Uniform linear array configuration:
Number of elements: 64
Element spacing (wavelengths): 0.5
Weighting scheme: blackman
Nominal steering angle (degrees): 15
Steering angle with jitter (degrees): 14.34
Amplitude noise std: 0.05
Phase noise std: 0.05

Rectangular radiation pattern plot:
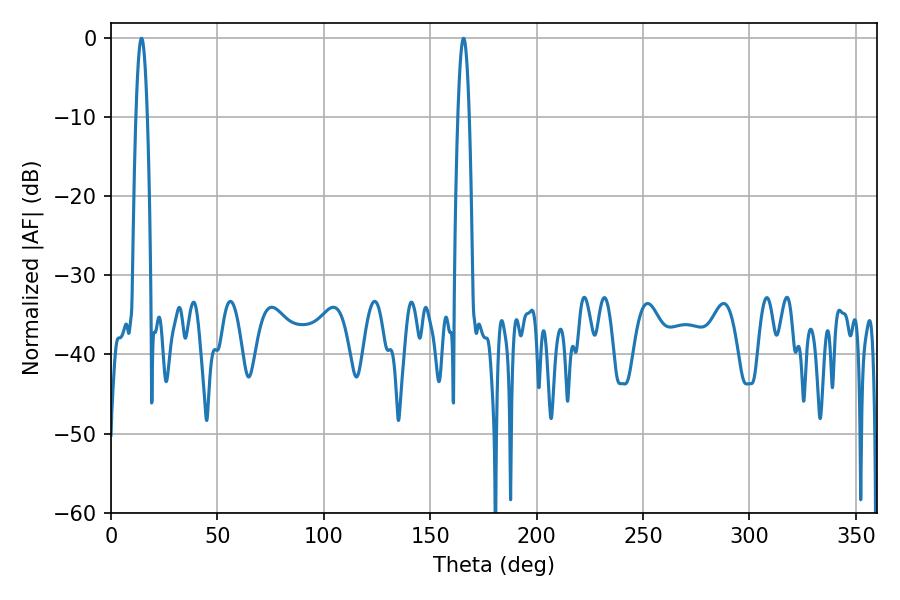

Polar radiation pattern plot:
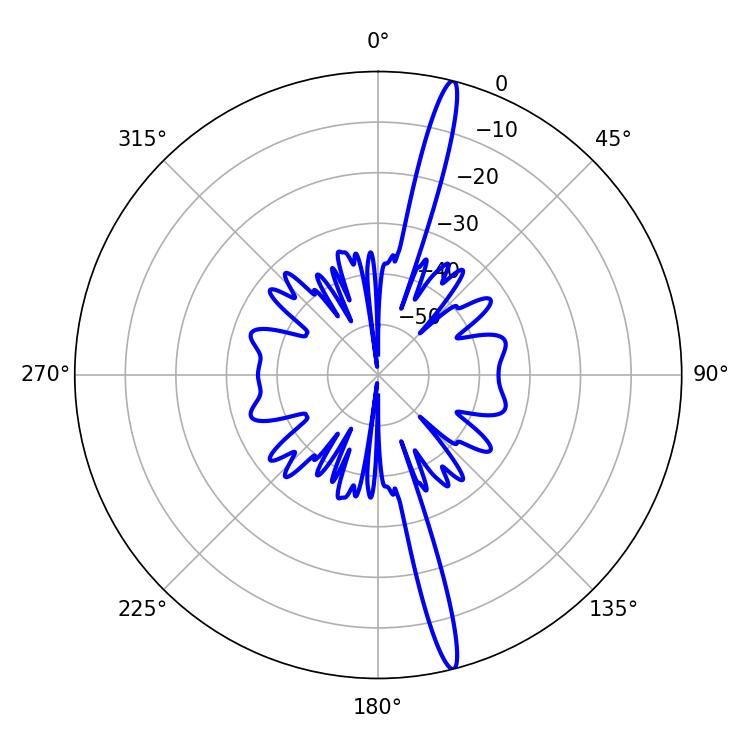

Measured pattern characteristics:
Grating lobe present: FALSE
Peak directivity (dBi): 18.575
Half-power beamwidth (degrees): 2.88
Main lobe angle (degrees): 14.4